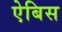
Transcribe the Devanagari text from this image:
ऐबिस